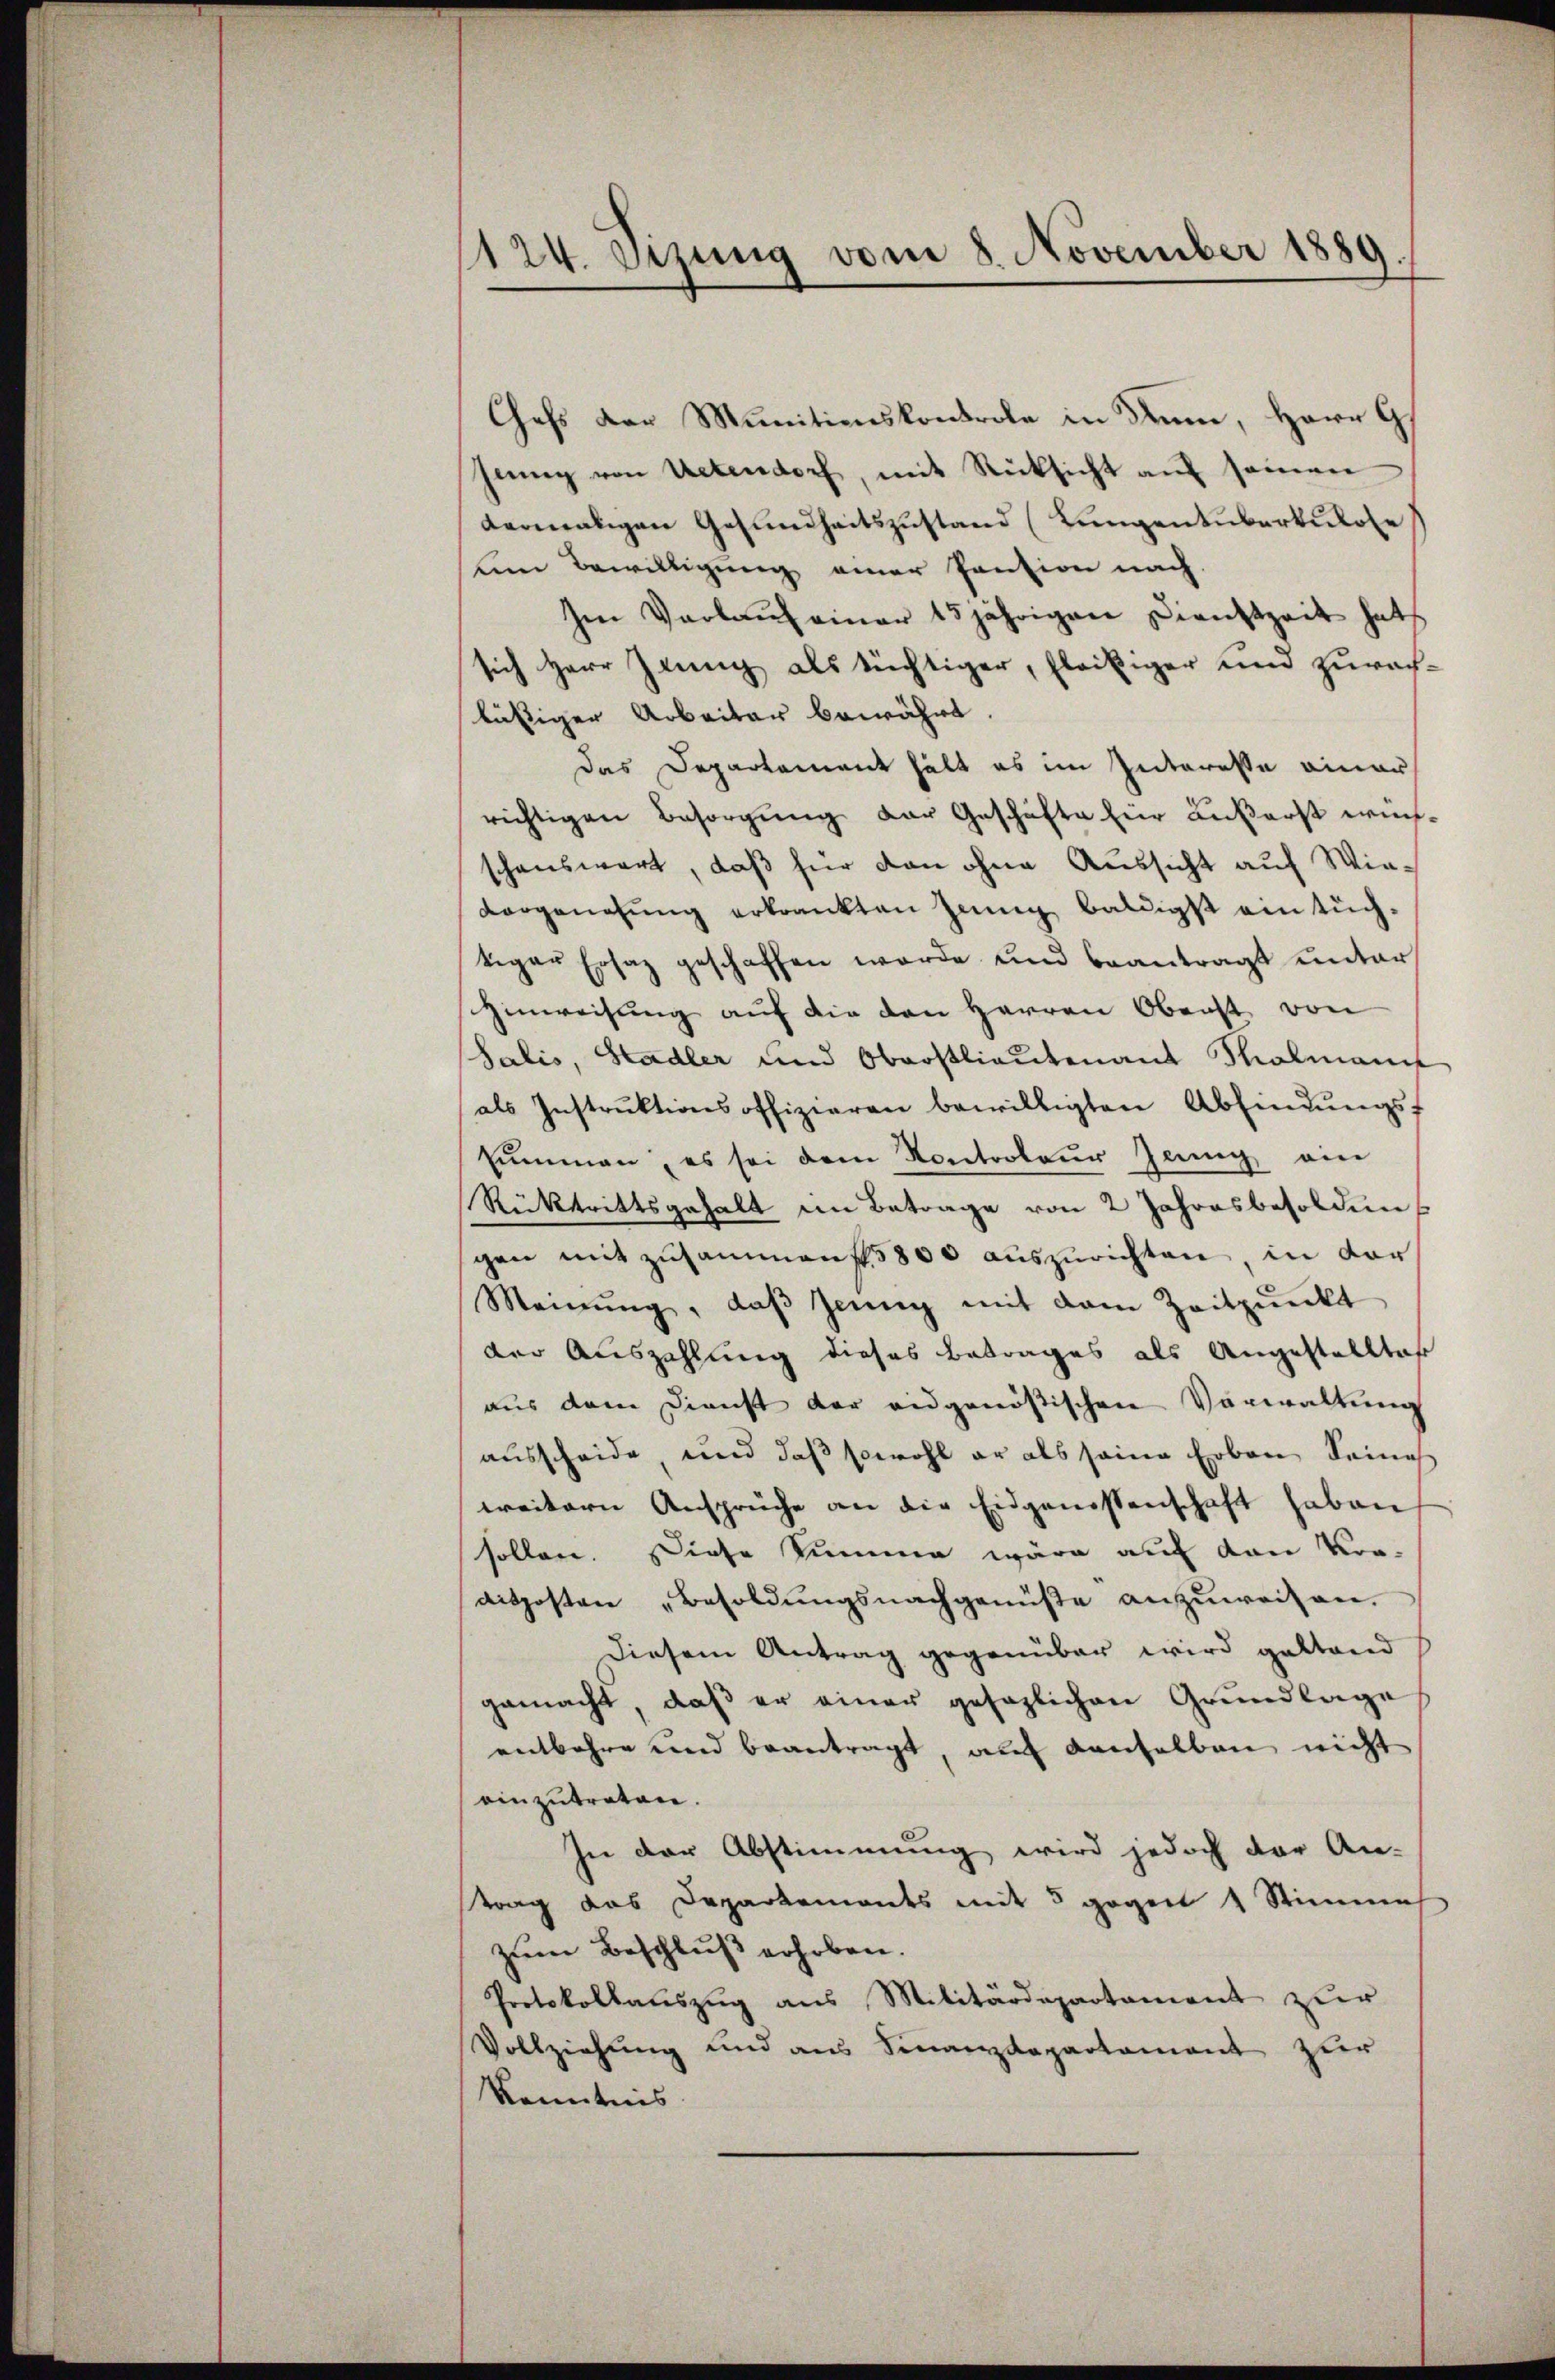
1124. Sizung vom 8. November 1889
.

Chefs der Munitionskontrole in denn, Herr G
hing von Uetendorf, mit Rücksicht auf seinen
dermaligen Gesundheitszustand (Lungentuberkulose
um Bewilligung einer Pantion nach
Im Verlauf einer 15jährigen Dienstzeit hat
sich Herr Zeung als tüchtiger, fleißiger und zurachlästiger Arbeiter bewährt.
das Departement hält es im Interesse einaus
richtigen Besorgŭng der Geschäfte für äußerst wünschenswert, daß für den ohne Aussicht auf Wievorgenehmig erkrankten Innig baldigst ein tüchtiger Ersatz geschaffen werde und beantragt unter
Hinweisung auf die den Herren Oberst von
Salis, Stadler und Oberstlieutenant Molmanit
als Instrŭktionsoffizieren bewilligten Abfindŭngsf
summen, es sei dem Kontroleur Zeung ein
Rücktrittsgehalt im Betrage von 2 Jahresbesoldungen mit zusammenf. 5800 auszurichten, in der
Meinŭng, daβ Zeŭng mit dem Zeitpŭnkt
der Auszahlung dieses Betrages als Angestellter
aus dem Dienst der eidgenößischen Verwaltung
ausscheide, und daß sowohl er als seine Erben Seines
weitern Ansprüche an die Eidgenossenschaft haben
sollen. Diese Summe wäre auf den Vor-
ditposten „Besoldungsnachgenüße anzuweisen.
diesem Antrag gegenüber wird gestand
gemacht, daß er einer gesezlichen Grundlage
entbehre und beantragt, auf denselben nicht
einzutreten.
In der Abstimmung wird jedoch der An-
strag das Departements mit 5 gegen 4 Stimme
zum Beschluß erhoben.
Protokollauszug aus Militärdepartament zur
Vollziehung und aus Finanzdepartament zur
kenntnis.